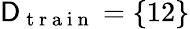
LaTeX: \mathsf{D}_{\mathrm{~t~r~a~i~n~}}=\{ 12\}